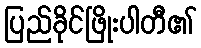
ပြည်ခိုင်ဖြိုးပါတီ၏